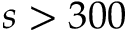
s > 3 0 0